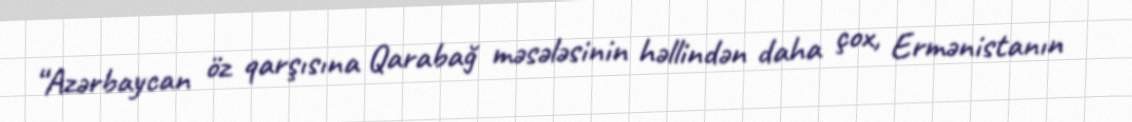
“Azərbaycan öz qarşısına Qarabağ məsələsinin həllindən daha çox, Ermənistanın